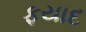
ફયાદ